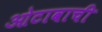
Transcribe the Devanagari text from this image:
ओटावाची